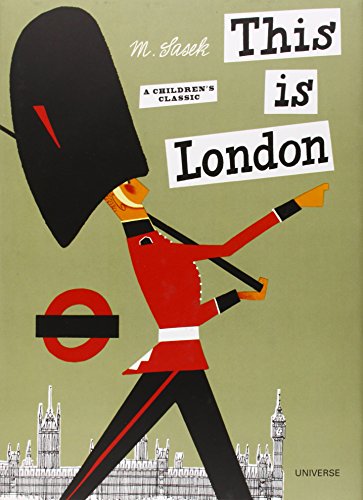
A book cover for This is London; Miroslav Sasek; Children's Books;